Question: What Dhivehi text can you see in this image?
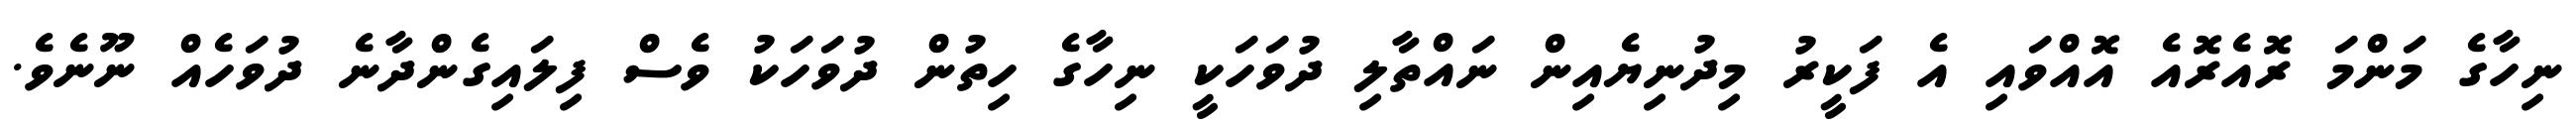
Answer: ނިހާގެ މަންމަ ރޮއެރޮއެ އޮއްވައި އެ ފަކީރު މިދުނިޔެއިން ނައްތާލި ދުވަހަކީ ނިހާގެ ހިތުން ދުވަހަކު ވެސް ފިލައިގެންދާނެ ދުވަހެއް ނޫނެވެ.